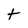
Character: t